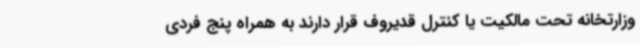
وزارتخانه تحت مالکیت یا کنترل قدیروف قرار دارند به همراه پنج فردی